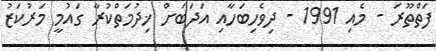
ފަތްތޫރަ - މެއި 1991 - ދިވެހިބަހާއި އަދަބަށް ޚިދުމަތްކުރާ ގައުމީ މަރުކަޒު